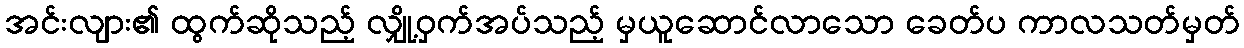
အင်းလျား၏ ထွက်ဆိုသည့် လျှို့ဝှက်အပ်သည့် မှယူဆောင်လာသော ခေတ်ပ ကာလသတ်မှတ်